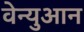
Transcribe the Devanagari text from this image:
वेन्युआन